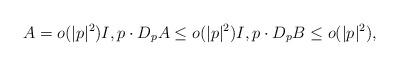
LaTeX: \begin{align*}A= o(|p|^2)I, p\cdot D_pA \le o(|p|^2)I, p\cdot D_pB\le o(|p|^2),\end{align*}